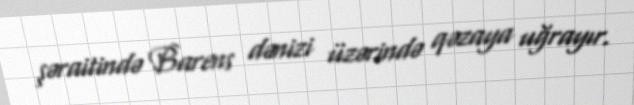
şəraitində Barens dənizi üzərində qəzaya uğrayır.